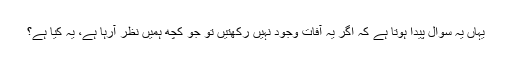
یہاں یہ سوال پیدا ہوتا ہے کہ اگر یہ آفات وجود نہیں رکھتیں تو جو کچھ ہمیں نظر آرہا ہے، یہ کیا ہے؟